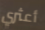
أعثري